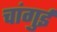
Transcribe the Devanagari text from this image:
चांगुई